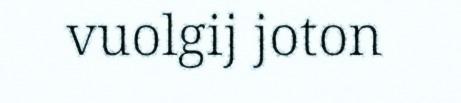
vuolgij joton